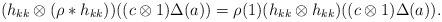
LaTeX: \begin{align*} (h_{kk}\otimes (\rho*h_{kk}))((c\otimes 1)\Delta(a)) = \rho(1) (h_{kk}\otimes h_{kk})((c\otimes 1)\Delta(a)).\end{align*}